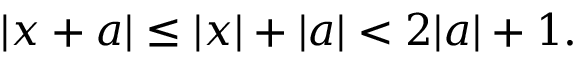
| x + a | \leq | x | + | a | < 2 | a | + 1 .